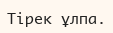
Тірек ұлпа.